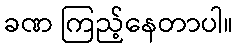
ခဏ ကြည့်နေတာပါ။